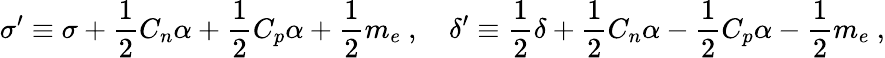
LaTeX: \sigma^{\prime}\equiv\sigma+{\frac{1}{2}}C_{n}\alpha+{\frac{1}{2}}C_{p}\alpha+{\frac{1}{2}}m_{e}\ ,\quad\delta^{\prime}\equiv{\frac{1}{2}}\delta+{\frac{1}{2}}C_{n}\alpha-{\frac{1}{2}}C_{p}\alpha-{\frac{1}{2}}m_{e}\ ,